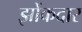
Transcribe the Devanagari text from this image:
झोंकदार